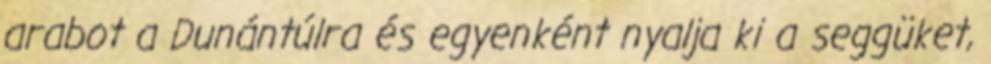
arabot a Dunántúlra és egyenként nyalja ki a seggüket,